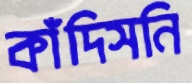
কাঁদিসনি